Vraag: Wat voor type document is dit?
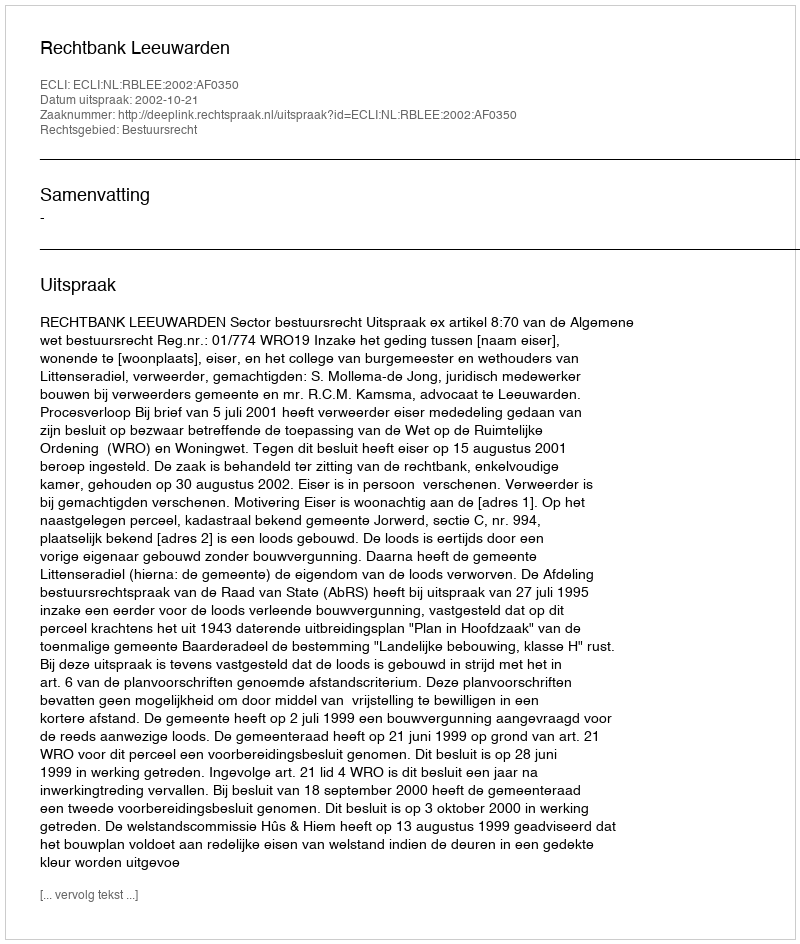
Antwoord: Uitspraak